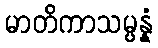
မာတိကာသမ္ပန္နံ